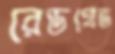
রেডগ্রেভ